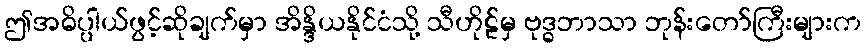
ဤအဓိပ္ပါယ်ဖွင့်ဆိုချက်မှာ အိန္ဒိယနိုင်ငံသို့ သီဟိုဠ်မှ ဗုဒ္ဓဘာသာ ဘုန်းတော်ကြီးများက